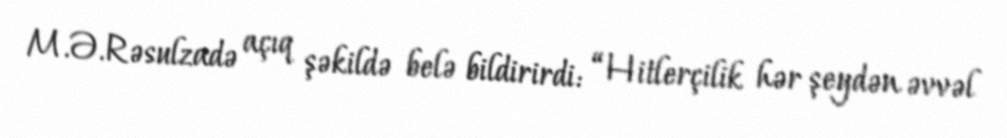
M.Ə.Rəsulzadə açıq şəkildə belə bildirirdi: “Hitlerçilik hər şeydən əvvəl